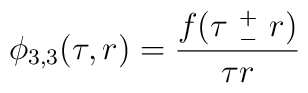
\phi_{3,3}(\tau ,r) = \frac{f(\tau \ ^{+}_{-} \ r)}{\tau r}